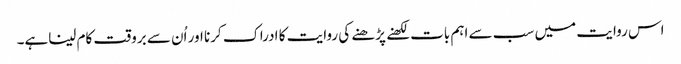
اس روایت میں سب سے اہم بات لکھنے پڑھنے کی روایت کا ادراک کرنا اور اُن سے بروقت کام لیناہے۔